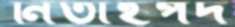
নিতাইপদ